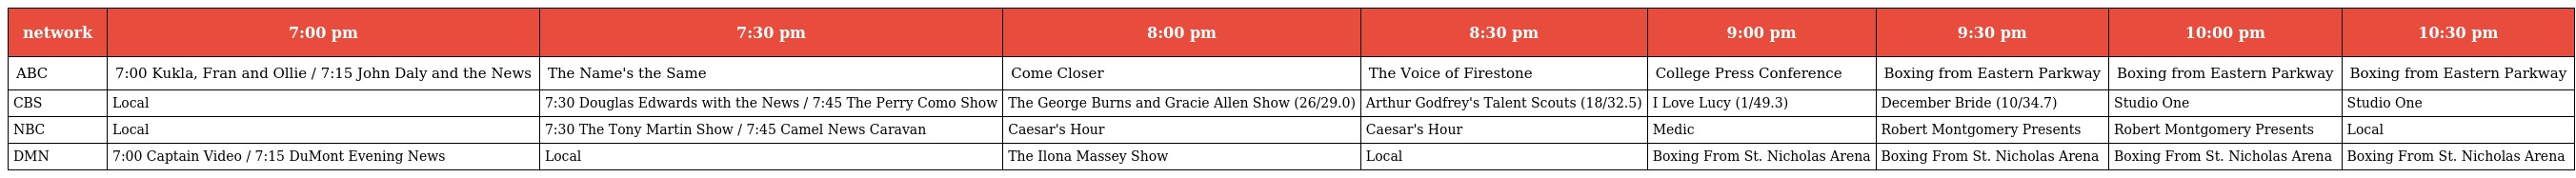
| network | 7:00 pm | 7:30 pm | 8:00 pm | 8:30 pm | 9:00 pm | 9:30 pm | 10:00 pm | 10:30 pm |
 | --- | --- | --- | --- | --- | --- | --- | --- | --- |
 | ABC | 7:00 Kukla, Fran and Ollie / 7:15 John Daly and the News | The Name's the Same | Come Closer | The Voice of Firestone | College Press Conference | Boxing from Eastern Parkway | Boxing from Eastern Parkway | Boxing from Eastern Parkway |
 | CBS | Local | 7:30 Douglas Edwards with the News / 7:45 The Perry Como Show | The George Burns and Gracie Allen Show (26/29.0) | Arthur Godfrey's Talent Scouts (18/32.5) | I Love Lucy (1/49.3) | December Bride (10/34.7) | Studio One | Studio One |
 | NBC | Local | 7:30 The Tony Martin Show / 7:45 Camel News Caravan | Caesar's Hour | Caesar's Hour | Medic | Robert Montgomery Presents | Robert Montgomery Presents | Local |
 | DMN | 7:00 Captain Video / 7:15 DuMont Evening News | Local | The Ilona Massey Show | Local | Boxing From St. Nicholas Arena | Boxing From St. Nicholas Arena | Boxing From St. Nicholas Arena | Boxing From St. Nicholas Arena |